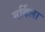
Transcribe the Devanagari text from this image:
मर्दिला